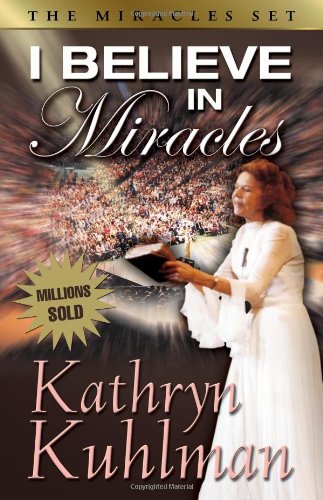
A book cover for I Believe In Miracles: The Miracles Set; Kathryn Kuhlman; Reference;